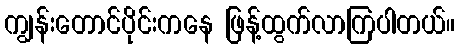
ကျွန်းတောင်ပိုင်းကနေ ဖြန့်ထွက်လာကြပါတယ်။